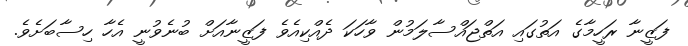
ފަޒީނާ ރަހީމާގެ އަތުގައި އަތްޖައްސާލަމުން ވާހަކަ ދެއްކިއެވެ ފަޒީނާއަށް ބުނެވުނީ އެހާ ހިސާބަށެވެ.